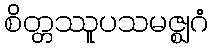
စိတ္တဿူပသမဇ္ဈဂံ